Leaving Certificate Examination, 1918
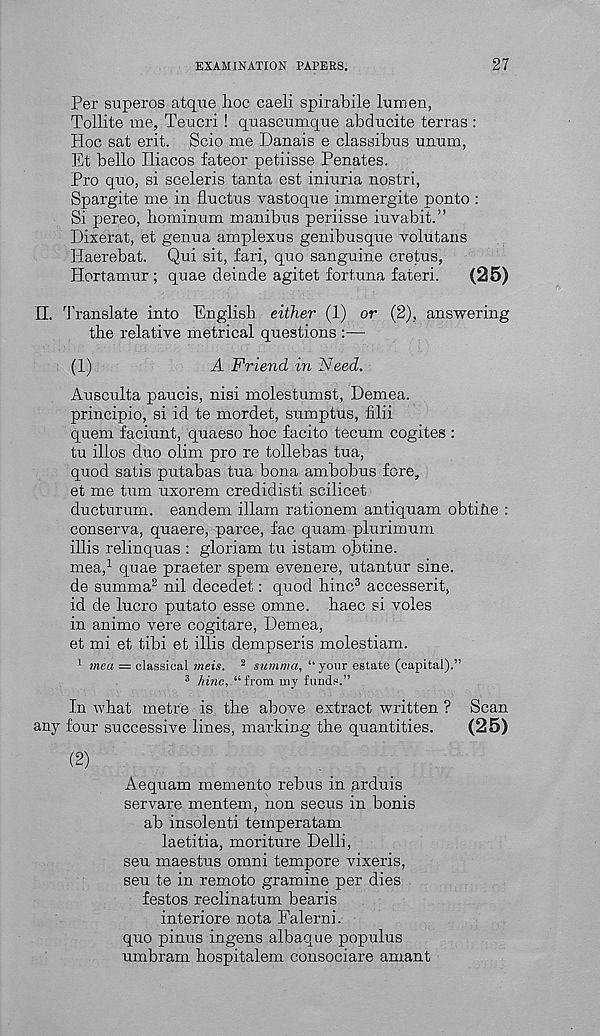
EXAMINATION PAPERS.
27
Per snperos atque hoc caeli spirabile lumen,
Tollite me, Teucri ! quascumque abducite terras :
Hoc sat erit. Scio me Danais e classibus unum,
Et bello Iliacos fateor petiisse Penates.
Pro quo, si sceleris tanta est iniuria nostri,
Spargite me in fluctus vastoque immergite ponto :
Si pereo, liominum manibus periisse iuvabit.”
Dixerat, et genua amplexus genibusque volutans
Haerebat. Qui sit, fari, quo sanguine cretus,
Hortamur ; quae deinde agitet fortuna fateri.
(25)
II. Translate into English either (1) or (2), answering
the relative metrical questions :—
(1)
A Friend in Need.
Ausculta paucis, nisi molestumst, Demea.
principio, si id te mordet, sumptus, filii
quern faciunt, quaeso hoc facito tecum cogites :
tu illos duo olim pro re tollebas tua,
quod satis putabas tua bona ambobus fore,
et me turn uxorem credidisti scilicet
ducturum. eandem illam rationem antiquam obtine :
conserva, quaere, parce, fac quam plurimum
illis relinquas : gloriam tu istam obtine.
mea, 1 quae praeter spem evenere, utantur sine.
de summa 2 nil decedet: quod hinc 3 accesserit,
id de lucro putato esse omne. haec si voles
in animo vere cogitare, Demea,
et mi et tibi et illis dempseris molestiam.
1 mea — classical meis. 2 summa, “ your estate (capital).”
8 hinc, “from my funds.”
In what metre is the above extract written ? Scan
any four successive lines, marking the quantities.
(25)
(2)
Aequam memento rebus in arduis
servare mentem, non secus in bonis
ab insolenti temperatam
laetitia, moriture Delli,
seu maestus omni tempore vixeris,
sen te in remoto gramine per dies
festos reclinatum bearis
interiore nota Falerni.
quo pinus ingens albaque populus
umbram hospitalem consociare amant